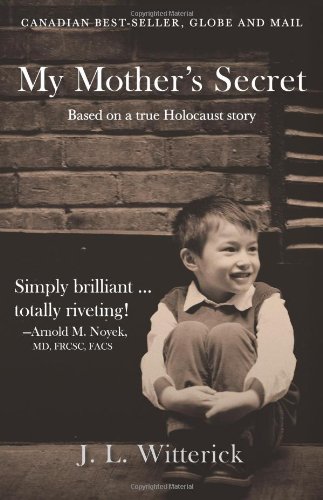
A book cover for My Mother's Secret: Based on a True Holocaust Story; J.L. Witterick; Teen & Young Adult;